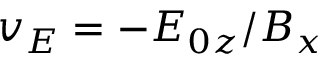
{ v _ { E } } = - { E _ { 0 z } } / B _ { x }